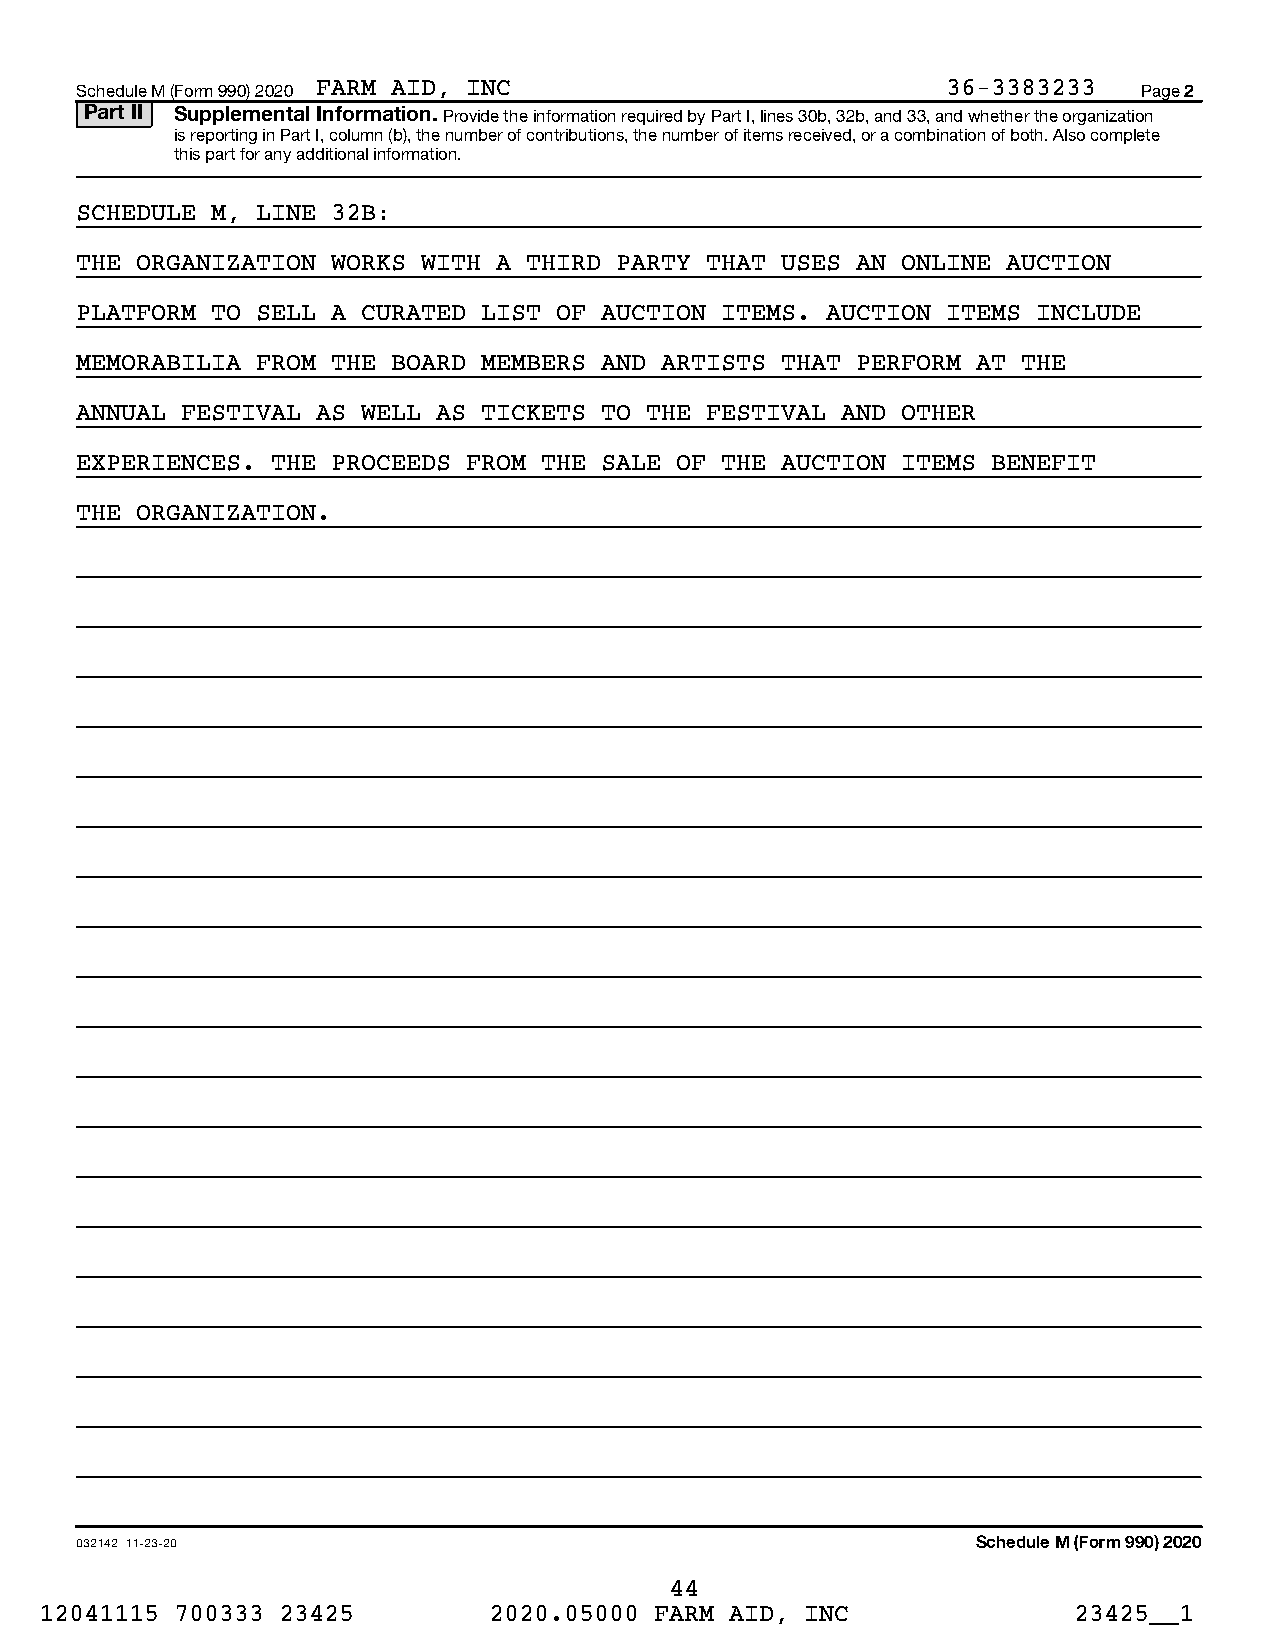
Schedule M (Form 990) 2020 FARM AID, INC                  36-3383233   Page 2
 Part II Supplemental Information. Provide the information required by Part I, lines 30b, 32b, and 33, and whether the organization
 is reporting in Part I, column (b), the number of contributions, the number of items received, or a combination of both. Also complete
 this part for any additional information.
 SCHEDULE M, LINE 32B:
 THE ORGANIZATION WORKS WITH A THIRD PARTY THAT USES AN ONLINE AUCTION
 PLATFORM TO SELL A CURATED LIST OF AUCTION ITEMS. AUCTION ITEMS INCLUDE
 MEMORABILIA FROM THE BOARD MEMBERS AND ARTISTS THAT PERFORM AT THE
 ANNUAL FESTIVAL AS WELL AS TICKETS TO THE FESTIVAL AND OTHER
 EXPERIENCES. THE PROCEEDS FROM THE SALE OF THE AUCTION ITEMS BENEFIT
 THE ORGANIZATION.
 032142 11-23-20                                             Schedule M (Form 990) 2020
 44
 12041115 700333 23425        2020.05000 FARM AID, INC               23425__1